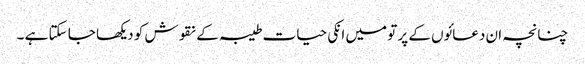
چنانچہ ان دعائوں کے پر تو میں انکی حیات طیبہ کے نقوش کو دیکھا جا سکتا ہے ۔